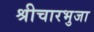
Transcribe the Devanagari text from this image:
श्रीचारभुजा